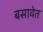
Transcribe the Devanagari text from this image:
बसावेत